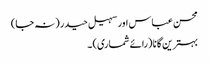
محسن عباس اور سہیل حیدر (نہ جا)
بہترین گانا (رائے شماری) ۔